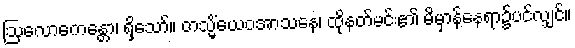
ဩလောကေန္တော၊ ရှိသော်။ တသ္မိံယေဝအာသနေ၊ ထိုနတ်မင်း၏ မိမှာန်နေရာ၌ပင်လျှင်။